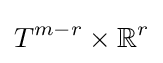
T^{m-r}\times \mathbb {R} ^{r}